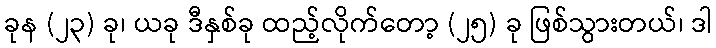
ခုန (၂၃) ခု၊ ယခု ဒီနှစ်ခု ထည့်လိုက်တော့ (၂၅) ခု ဖြစ်သွားတယ်၊ ဒါ